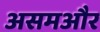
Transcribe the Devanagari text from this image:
असमऔर